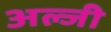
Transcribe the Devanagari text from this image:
अल्जी